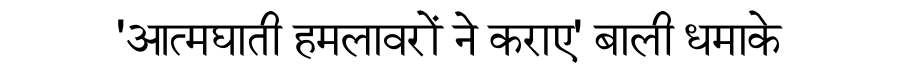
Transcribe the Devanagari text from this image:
'आत्मघाती हमलावरों ने कराए' बाली धमाके